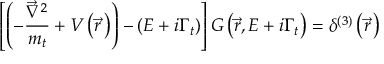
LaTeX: \left[ \left( - \frac { \vec { \nabla } ^ { 2 } } { m _ { t } } + V \left( \vec { r } \, \right) \right) - \left( E + i \Gamma _ { t } \right) \right] G \left( \vec { r } , E + i \Gamma _ { t } \right) = \delta ^ { ( 3 ) } \left( \vec { r } \, \right)